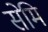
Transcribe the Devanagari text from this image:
सेमि